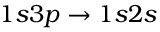
1 s 3 p \to 1 s 2 s